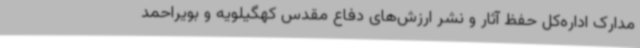
مدارک اداره‌کل حفظ آثار و نشر ارزش‌های دفاع مقدس کهگیلویه و بویراحمد